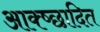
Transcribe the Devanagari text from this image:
आक्ष्छादित